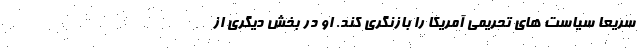
سریعا سیاست های تحریمی آمریکا را بازنگری کند. او در بخش دیگری از